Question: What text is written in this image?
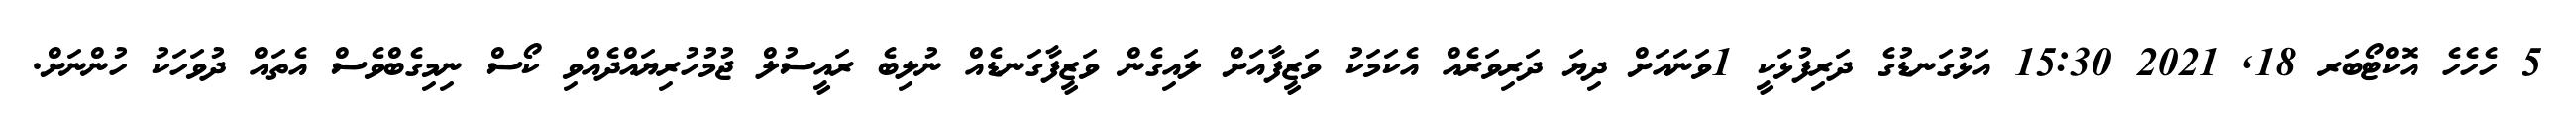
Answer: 5 ހެހެހެ އޮކްޓޯބަރ 18, 2021 15:30 އަޅުގަނޑުގެ ދަރިފުޅަކީ 1ވަނައަށް ދިޔަ ދަރިވަރެއް އެކަމަކު ވަޒީފާއަށް ލައިގެން ވަޒީފާގަނޑެއް ނުލިބެ ރައީސުލް ޖުމުހުރިޔައްދެއްވި ކޯސް ނިމިގެބްވެސް އެތައް ދުވަހަކު ހުންނަށް.